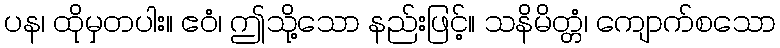
ပန၊ ထိုမှတပါး။ ဧဝံ၊ ဤသို့သော နည်းဖြင့်။ သနိမိတ္တံ၊ ကျောက်စသော